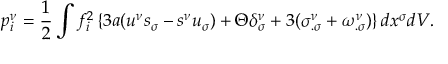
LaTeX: p _ { i } ^ { \nu } = \frac { 1 } { 2 } \int f _ { i } ^ { 2 } \left\{ 3 a ( u ^ { \nu } s _ { \sigma } - s ^ { \nu } u _ { \sigma } ) + \Theta \delta _ { \sigma } ^ { \nu } + 3 ( \sigma _ { . \sigma } ^ { \nu } + \omega _ { . \sigma } ^ { \nu } ) \right\} d x ^ { \sigma } d V .